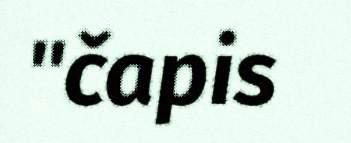
"čapis